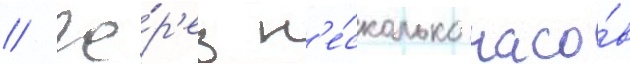
// Че́р'ез н'е́сколько часо́в